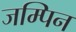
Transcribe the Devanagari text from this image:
जम्पिन